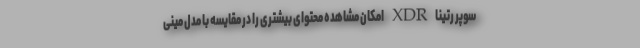
سوپر رتینا XDR امکان مشاهده محتوای بیشتری را در مقایسه با مدل مینی